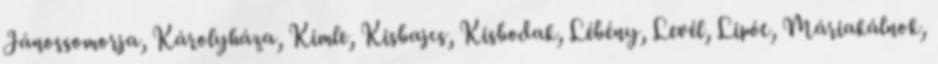
Jánossomorja, Károlyháza, Kimle, Kisbajcs, Kisbodak, Lébény, Levél, Lipót, Máriakálnok,